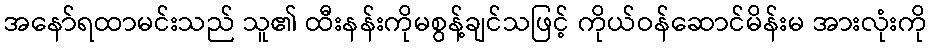
အနော်ရထာမင်းသည် သူ၏ ထီးနန်းကိုမစွန့်ချင်သဖြင့် ကိုယ်ဝန်ဆောင်မိန်းမ အားလုံးကို